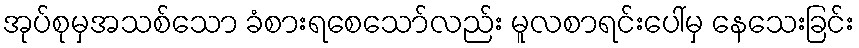
အုပ်စုမှအသစ်သော ခံစားရစေသော်လည်း မူလစာရင်းပေါ်မှ နေသေးခြင်း